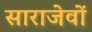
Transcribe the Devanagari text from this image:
साराजेवों